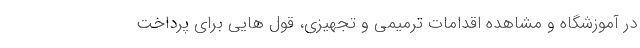
در آموزشگاه و مشاهده اقدامات ترمیمی و تجهیزی، قول هایی برای پرداخت